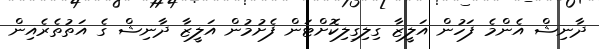
ދާނިޝް އެންމެ ފަހުން އަލީޒާ ގިލިގިލިކޮށްޓަން ފެށުމުން އަލީޒާ ދާނިޝް ގެ އަތުތެރެއިން